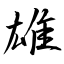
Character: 雄